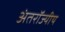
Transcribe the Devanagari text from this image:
अंतरॉज्यीय